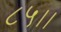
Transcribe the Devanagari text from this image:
८५।।